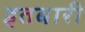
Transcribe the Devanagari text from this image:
इतबारी